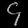
Digit: ၄